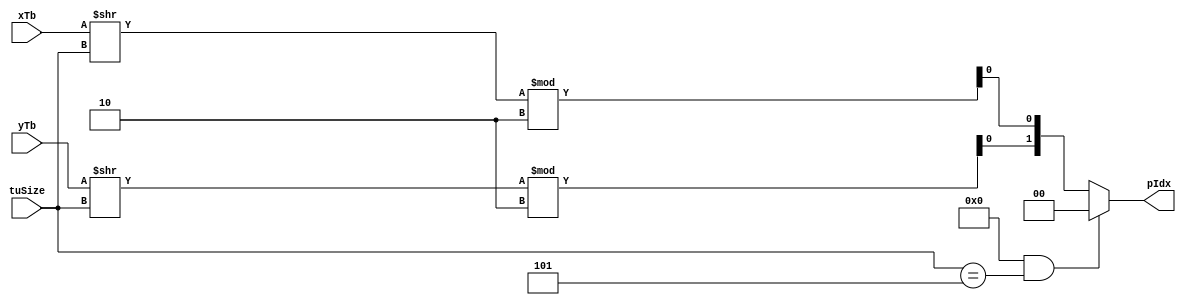
`timescale 1ns/1ps
module intra_pIdx (
	xTb,
	yTb,
	tuSize,
	pIdx
);

	parameter isChroma =0;
     input  [12:0]   xTb;
	 input  [12:0]   yTb;
     input  [2:0]    tuSize;
     output  [1:0]    pIdx;
	 
	 wire y,x;
	 assign y = (yTb>>tuSize)%2;
	 assign x = (xTb>>tuSize)%2;

	
	assign pIdx = (isChroma && tuSize==5)?0:{y,x};
		
    
endmodule